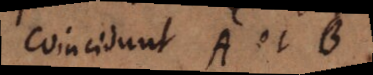
coincidunt A et B.